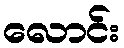
လောင်း